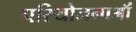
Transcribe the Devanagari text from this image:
परियोजनाऑं